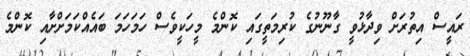
ރައީސް އިތުރަށް ވިދާޅުވީ ގާނޫނުގެ ކުރިމަތީގައި ކޮންމެ މީހަކީވެސް ހަމަހަމަ ބައެއްކަމަށްށާއި ކޮންމެ